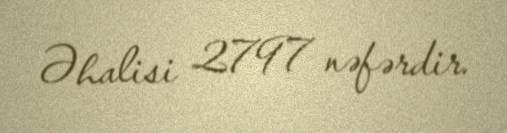
Əhalisi 2797 nəfərdir.